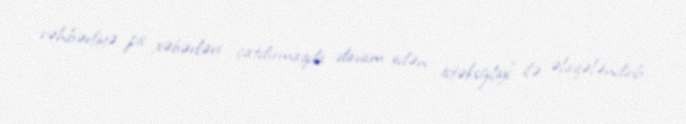
rəhbərliyə pis xəbərləri çatdırmaqda davam edən istəksizliyi" ilə əlaqələndirib.